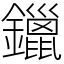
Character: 鑞